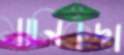
মানিকদা